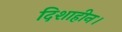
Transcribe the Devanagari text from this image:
दिशाहीन।